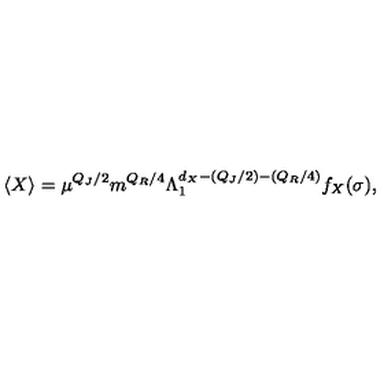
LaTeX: \langle X \rangle = \mu ^ { Q _ { J } / 2 } m ^ { Q _ { R } / 4 } \Lambda _ { 1 } ^ { d _ { X } - ( Q _ { J } / 2 ) - ( Q _ { R } / 4 ) } f _ { X } ( \sigma ) ,